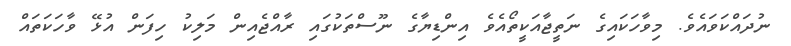
ނުދައްކަވައެވެ. މިވާހަކައިގެ ނަތީޖާއަކީތޯއެވެ އިންޑިޔާގެ ނޫސްތަކުގައި ރާއްޖެއިން މަލިކު ހިފަން އުޅޭ ވާހަކަތައް